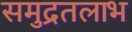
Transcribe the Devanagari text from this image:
समुद्रतलाभ